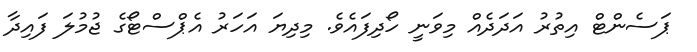
ޕަސެންޓް އިތުރު އަދަދެއް މިވަނީ ހޯދިފައެވެ. މިދިޔަ އަހަރު އެޕްސްޓޯގެ ޖުމުލަ ފައިދާ